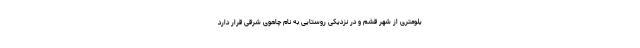
یلومتری از شهر قشم و در نزدیکی روستایی به نام چاهوی شرقی قرار دارد